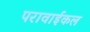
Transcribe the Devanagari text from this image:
परावाईकल